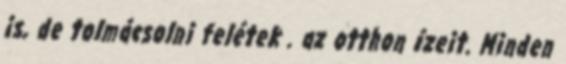
is, de tolmácsolni felétek . az otthon ízeit. Minden